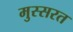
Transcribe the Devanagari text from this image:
मुस्सरत